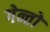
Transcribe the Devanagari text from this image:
गेन्तो